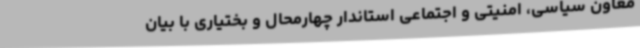
معاون سیاسی، امنیتی و اجتماعی استاندار چهارمحال و بختیاری با بیان